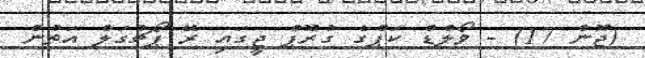
(ޖޫން 17) - ވޯލްޑް ކަޕްގެ ގުރޫޕް ޖީގައި ރޭ ޕޯޗުގަލް އަތުން